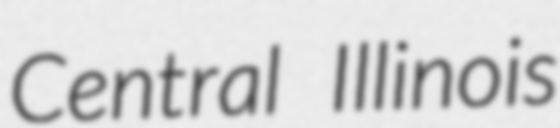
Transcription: Central Illinois